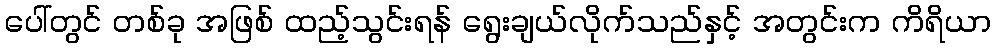
ပေါ်တွင် တစ်ခု အဖြစ် ထည့်သွင်းရန် ရွေးချယ်လိုက်သည်နှင့် အတွင်းက ကိရိယာ